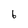
Character: 6